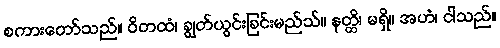
စကားတော်သည်။ ဝိတထံ၊ ချွတ်ယွင်းခြင်းမည်သ်။ နတ္ထိ၊ မရှိ။ အဟံ၊ ငါသည်။